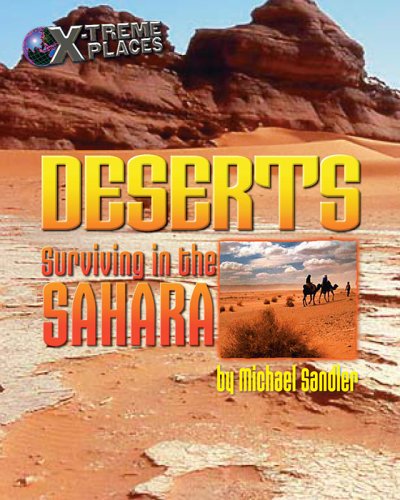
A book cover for Deserts: Surviving in the Sahara (X-Treme Places); Michael Sandler; Travel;